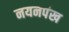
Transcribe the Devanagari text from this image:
नयनपंख